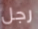
رجل